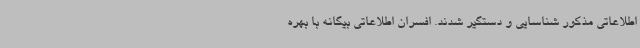
اطلاعاتی مذکور شناسایی و دستگیر شدند. افسران اطلاعاتی بیگانه با بهره